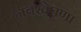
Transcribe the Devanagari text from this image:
नवखेपणा